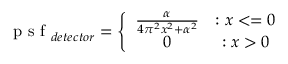
\mathrm { ~ p ~ s ~ f ~ } _ { d e t e c t o r } = \left\{ \begin{array} { c c } { \frac { \alpha } { 4 \pi ^ { 2 } x ^ { 2 } + \alpha ^ { 2 } } } & { : x < = 0 } \\ { 0 } & { : x > 0 } \end{array} \right.